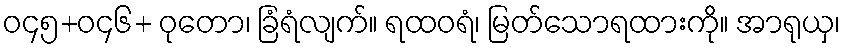
ဝ၄၅+ဝ၄၆+ ဝုတော၊ ခြံရံလျက်။ ရထဝရံ၊ မြတ်သောရထားကို။ အာရုယှ၊